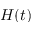
H ( t )